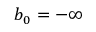
b _ { 0 } = - \infty